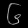
Digit: ၆